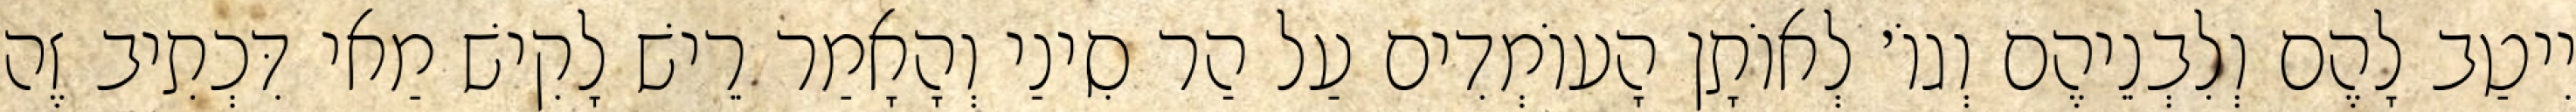
יִיטַב לָהֶם וְלִבְנֵיהֶם וְגוֹ׳ לְאוֹתָן הָעוֹמְדִים עַל הַר סִינַי וְהָאָמַר רֵישׁ לָקִישׁ מַאי דִּכְתִיב זֶה